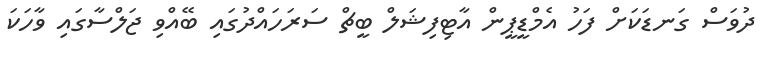
ދުވަސް ގަނޑަކަށް ފަހު އެމްޑީޕީން އާޓިފިޝަލް ބީޗް ސަރަހައްދުގައި ބޭއްވި ޖަލްސާގައި ވާހަކަ